Lunatic asylums Punjab 1881-1894 - 1881-1894
Year: 1881
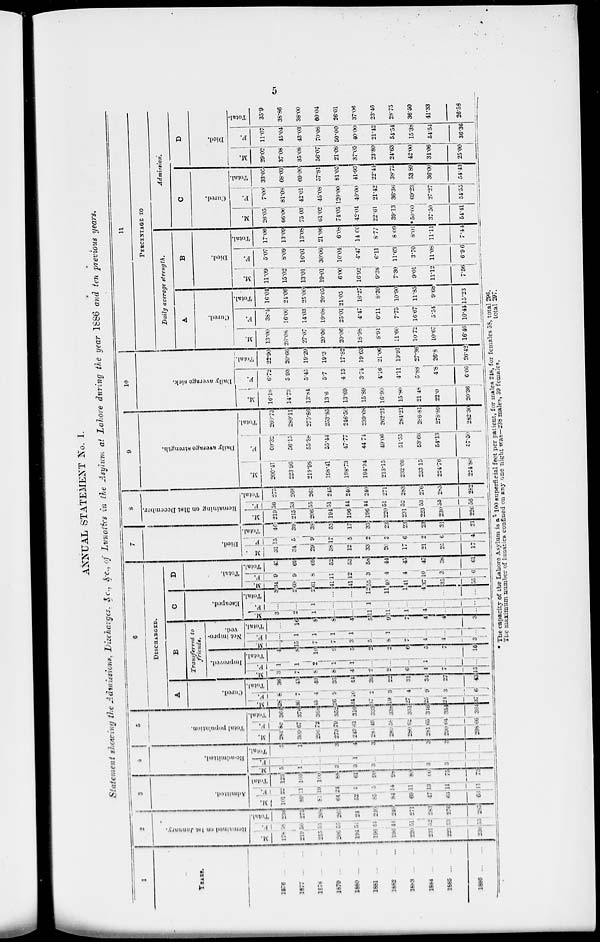
5
ANNUAL STATEMENT No. I
Statement showing the Admissions. Discharges. &c., &c., of Lunatics in the Asylum at Lahore during the year 1886 and ten previous years.
1
YEARS.
1876
1677
1876
1879
1880
1881
1882
1883
1884
1885
1886
2
Remained
on 1st January.
M.
178
219
215
206
194
196
196
220
231
223
230
F.
18
56
53
55
51
44
44
51
52
53
55
Total.
236
273
268
261
24
240
240
271
283
276
283
3
Admitted.
M.
101
69
81
64
52
65
84
69
47
64
66
F.
22
11
19
24
9
5
14
11
13
11
11
Total.
123
100
100
88
61
90
98
80
80
75
73
4
Re-admitted.
M.
5
1
...
3
3
3
...
...
3
3
...
F.
...
...
...
...
1
...
...
...
...
...
...
Total.
5
1
...
3
4
3
...
...
3
3
...
5
Total population.
M.
284
309
296
273
249
284
280
280
281
290
298
F.
80
67
72
79
61
49
58
62
65
64
66
Total.
364
376
368
352
310
333
338
351
346
351
364
6
DISCHARGED.
A
Cured.
M.
28
36
45
26
34
37
19
27
25
24
37
F.
8
7
4
9
10
2
3
1
9
3
6
Total.
36
43
49
33
44
39
22
31
34
27
43
B
Transferred
to
friends.
Improved.
M.
3
7
8
8
4
2
2
6
4
7
15
F.
1
1
2
1
1
...
...
...
1
...
...
Total.
4
8
10
9
5
2
2
6
5
7
15
Not impro-
ved.
M.
...
15
7
7
3
5
8
7
4
4
3
F.
...
1
1
1
1
...
1
...
...
...
...
Total.
...
16
8
8
4
5
2
7
4
4
3
C
Escaped.
M.
3
2
1
...
...
11
11
1
4
...
...
F.
...
...
1
...
...
1
...
...
...
...
...
Total.
3
2
2
...
...
12
11
1
4
...
...
D
Total.
M.
34
60
51
41
41
55
40
41
37
35
55
F.
9
9
8
11
12
3
4
4
10
3
6
Total.
43
69
69
52
53
56
44
45
47
38
61
7
Died.
M.
31
34
29
38
12
33
20
17
21
25
17
F.
15
5
9
17
5
2
3
6
2
6
4
Total.
46
39
38
55
17
35
23
23
23
31
21
8
Remaining
on 31st December.
M.
219
215
206
194
196
196
220
231
223
230
226
F.
56
53
55
51
44
44
51
52
53
55
56
Total.
275
268
261
245
240
240
271
283
276
285
282
9
Daily average strength.
M.
200.41
223 .96
219.98
198.41
198.73
194.94
213.15
232.66
233.15
224.76
224.80
F.
60.32
56.15
55.88
55.44
47.77
44.74
49.06
51.55
53.66
54.13
57.50
Total.
269.73
280.11
275.86
253.85
246.50
239.68
262.21
284.21
286.81
278.89
282.30
10
Daily average sick.
M.
16.18
14.73
13.84
13.6
13.69
15.89
16.90
15.80
21.48
22.0
20.36
F.
6.72
5.93
5.45
5.7
4.13
3.74
4.16
4.11
5.88
4.8
6.06
Total.
22.90
20.66
19.29
19.3
17.82
19.63
21.06
19.91
27.36
26.8
26.42
11
PERCENTAGE TO
Daily average
strength.
A
Cured.
M.
13.00
26.08
27.07
20.06
20.06
18.98
8.91
11.60
10.72
10.67
16.46
F.
38.4
16.00
14.03
19.08
25.01
4.47
6.11
7.75
16.67
5.54
10.44
Total.
16.04
24.06
25.00
20.05
21.05
16.27
8.39
10.90
11.85
9.68
15.23
B
Died.
M.
11.09
15.02
13.01
19.01
6.00
16.92
9.38
7.30
9.01
11.12
7.56
F.
5.07
8.09
16.01
30.06
10.04
4.47
6.11
11.63
3.70
11.08
6.96
Total.
17.06
13.09
13.08
21.06
6.08
14.60
8.77
8.09
8.01
11.11
7.44
Admission.
C
Cured.
M.
26.05
66.06
75.03
61.02
74.05
42.04
22.61
39.13
50.00
37.50
54.41
F.
7.00
81.08
42.01
45.08
120.00
40.00
21.42
36.36
69.23
27.27
54.55
Total.
33.05
68.03
69.00
57.81
81.05
41.93
22.44
38.75
53.89
36.00
54.43
D
Died.
M.
29.02
37.08
35.08
56.07
21.08
37.05
23.80
24.63
42.00
34.06
25.00
F.
11.07
45.04
43.03
70.08
50.00
40.00
21.42
54.54
15.38
54.54
36.36
Total.
35.9
38.86
38.00
60.04
26.01
37.06
23.46
28.75
36.50
41.33
26.58
* The capacity of the Lahore Asylum is at 100 superficial feet per patient, for males 248, for females 58, total 296.
The maximum number of lunatics confined on any one night was—238 males, 59 female ,
total 297.